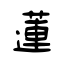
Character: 蓮